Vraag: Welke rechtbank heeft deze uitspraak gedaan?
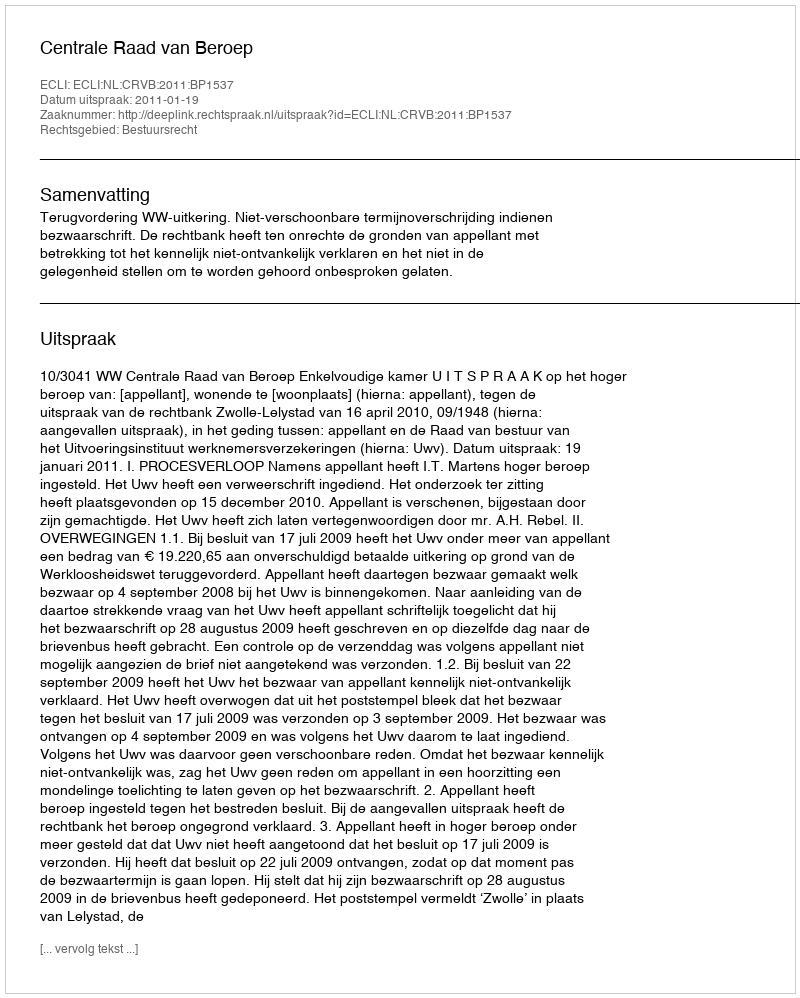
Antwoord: Centrale Raad van Beroep